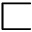
\sqsubset